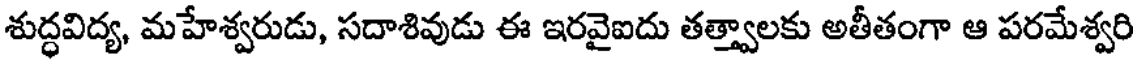
శుద్ధవిద్య, మహేశ్వరుడు, సదాశివుడు ఈ ఇరవైఐదు తత్త్వాలకు అతీతంగా ఆ పరమేశ్వరి